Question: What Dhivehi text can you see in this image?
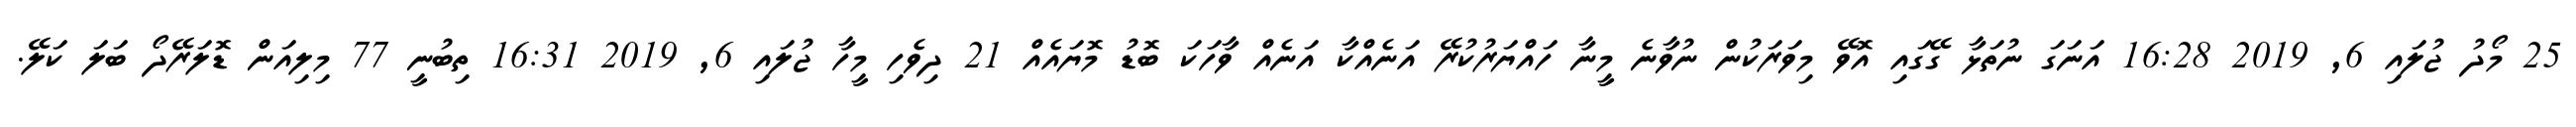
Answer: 25 މޯދު ޖުލައި 6, 2019 16:28 އަނަގަ ނުތަޅާ ގޭގައި އޮވޭ މިވަރަކުން ނުވާނެ މީނާ ހައްޔަރުކުރޭ އަނެއްކާ އަނެއް ވާހަކަ ބޮޑު މޮޔައެއް 21 ދިވެހި މީހާ ޖުލައި 6, 2019 16:31 ތިބުނީ 77 މިލިއަން ޑޮލަރޭދޯ ބަލަ ކަލޭ.